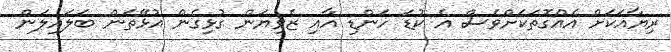
ރިޔާއަކަށް އެއްގޮތަކަށްވެސް އެ ކުޑަ ހަންޑި އާއި ޒެވިޔަން ގުޅިގެން އުޅޭތަން ބަލައިލަން